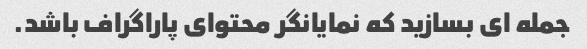
جمله ای بسازید که نمایانگر محتوای پاراگراف باشد.